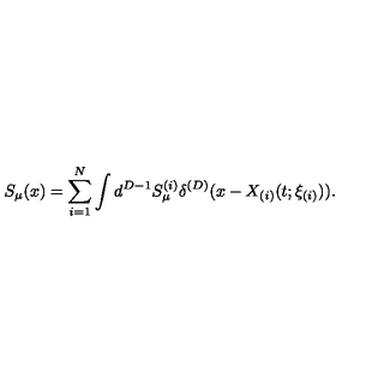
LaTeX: S _ { \mu } ( x ) = \sum _ { i = 1 } ^ { N } \int d ^ { D - 1 } S _ { \mu } ^ { ( i ) } \delta ^ { ( D ) } ( x - X _ { ( i ) } ( t ; \xi _ { ( i ) } ) ) .